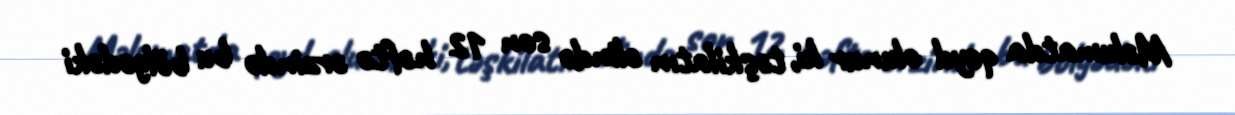
Məlumatda qeyd olunur ki, təşkilatın əlində son 12 həftə ərzində bu bölgədəki